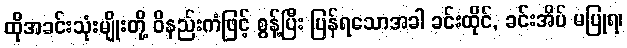
ထိုအခင်းသုံးမျိုးတို့ ဝိနည်းကံဖြင့် စွန့်ပြီး ပြန်ရသောအခါ ခင်းထိုင်, ခင်းအိပ် မပြုရ၊